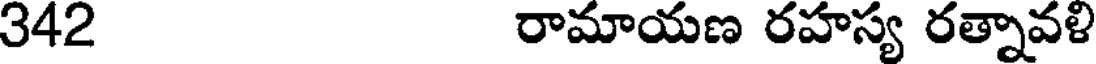
342 రామాయణ రహస్య రత్నావళి